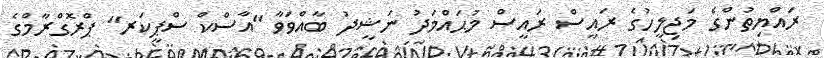
ރައްޔިތުންގެ މަޖިލީހުގެ ރައީސް ރައީސް މުޙައްމަދު ނަޝީދު ބާއްވަވާ "އާސްކް ސްޕީކަރ" ޕްރޮގްރާމްގެ